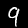
Digit: 9